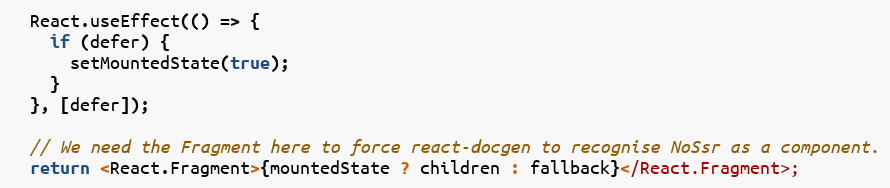
Language: JavaScript
  React.useEffect(() => {
    if (defer) {
      setMountedState(true);
    }
  }, [defer]);

  // We need the Fragment here to force react-docgen to recognise NoSsr as a component.
  return <React.Fragment>{mountedState ? children : fallback}</React.Fragment>;